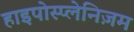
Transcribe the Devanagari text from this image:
हाइपोस्प्लेनिज़म